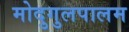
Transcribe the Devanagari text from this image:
मोदुगुलपालम